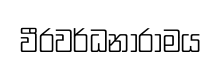
වීරවර්ධනාරාමය